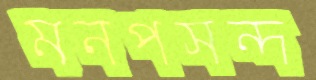
মনপসন্দ